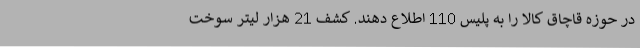
در حوزه قاچاق کالا را به پلیس 110 اطلاع دهند. کشف 21 هزار لیتر سوخت